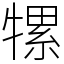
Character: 㹎